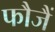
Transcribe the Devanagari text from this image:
फौजैं